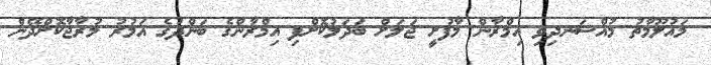
މައުލޫމާތު މުއްސަނދިވި އިމްރާން މާފުށީ ޖަލަށް ބަދަލުކޮށްފި އިމްރާންގެ ބަންދުގެ އަމުރު މުރާޖާކޮށްދޭން